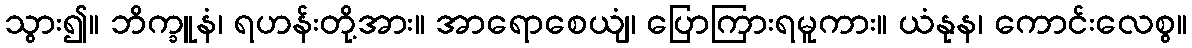
သွား၍။ ဘိက္ခူနံ၊ ရဟန်းတို့အား။ အာရောစေယျံ၊ ပြောကြားရမူကား။ ယံနုန၊ ကောင်းလေစွ။